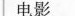
电影